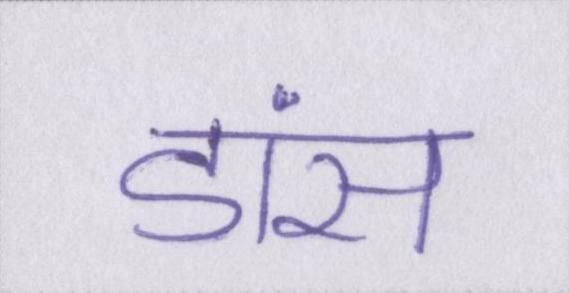
डांस